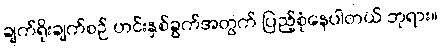
ချက်ရိုးချက်စဉ် ဟင်းနှစ်ခွက်အတွက် ပြည့်စုံနေပါတယ် ဘုရား။